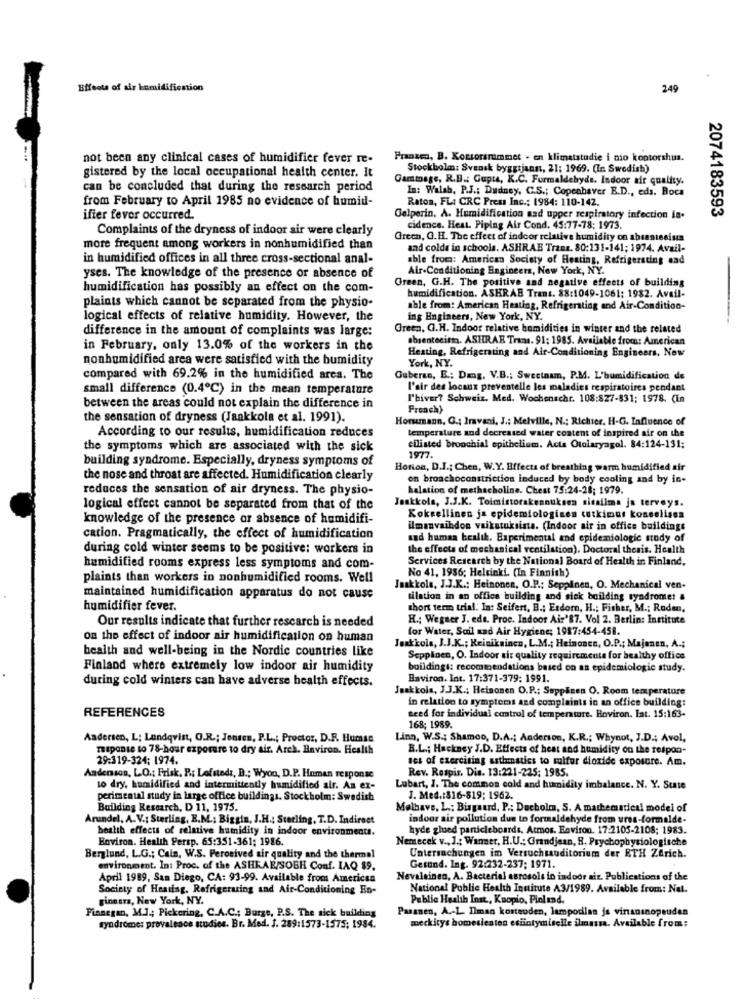
Effects of air humidifiestion
249
not been any clinical cases of humidifier fever re-
Pranzen, B. Korsorsrummet . en klimatstudie i nio kontorshus.
gistered by the local occupational health center. It
Stockholm: Svensk byggtjann, 21; 1969. (In Swedish)
Gammage, R.B .: Gupta, K.C. Formaldehyde. Indoor air quality.
can be concluded that during the research period
In: Walsh, P.J .; Dudney, C.S .; Copenhaver R.D ., eds. Boca
from February to April 1985 no evidence of humid-
Raton, FL: CRC Press Inc .: 1984: 110-142.
2074183593
ifier fever occurred.
Gelperin. A. Humidification sad upper respiratory infection is.
Complaints of the dryness of indoor air were clearly
cidence. Heat. Piping Air Cond. 45:77-78; 1973.
Green, G.H. The effect of indoor relative humidity on abrantesinn
more frequent among workers in nonhumidified than
and colde in schools. ASHRAE Tranz. 80:131-141; 1974. Avail-
in humidified offices in all three cross-sectional anal-
able from: American Society of Heating, Refrigerating and
Air-Conditioning Engineers, New York, NY.
yses. The knowledge of the presence or absence of
Green, G.H. The positive and negative effects of building
humidification has possibly an effect on the com-
humidification. ASKRAB Trans. 88:1049-1061; 1982. Avail-
plaints which cannot be separated from the physio-
able from: American Heating, Refrigerating and Air-Condition-
logical effects of relative humidity. However, the
ing Engineers, New York, NY.
difference in the amount of complaints was large:
Green, Q.H. Indoor relative hamidities in winter and the related
absentecitt. ASHRAE Trans. 91: 1985. Available from: American
in February, only 13.0% of the workers in the
Heating, Refrigerating and Air-Conditioning Engineers, Now
nonhumidified area were satisfied with the bumidity
York, NY.
compared with 69.2% in the humidified arca. The
Guberas, E .: Dag. V.B .; Sweetnam, P.M. L'humidification de
small difference (0.4℃) in the mean temperature
l'air des locaux preventelle les maladies respiratoires pendant
l'hiver? Schweiz. Med. Wochenschr. 108:827-531; 1978. (in
between the areas could not explain the difference in
French)
the sensation of dryness (Jankkola et al. 1991).
Horumann, G .; Imavani, J .: Melville, N .; Richier. H.G. Influence of
temperature and decreased water content of inspired air on the
According to our results, humidification reduces
the symptoms which are associated with the sick
1977.
cilisted bronchial epithelium. Acta Otolaryagol. 84:124-131;
building syndrome. Especially, dryness symptoms of
Horton, D.J .: Chen, W.Y. Effects of breathing warm humidified air
the nose and throat are affected. Humidification clearly
on bronchoconstriction induced by body cooling and by in-
reduces the sensation of air dryness. The physio-
halation of methacholine. Chest 75:24-28; 1979.
logical effect cannot be separated from that of the
Jaakkola, J.J.K. Toimistorakennuksen sissiima ja terveys.
knowledge of the presence or absence of humidifi-
Kokeellinen ja epidemiologinen tutkimus koncelisen
ilmanvaindon vaikutuksista. (Indoor air in office buildings
cation. Pragmatically, the effect of humidification
and human health. Experimental and epidemiologic study of
during cold winter seems to be positive: workers in
the effects of mechanical ventilation). Doctoral thesis. Health
Services Research by the National Board of Health in Finland.
humidified rooms express less symptoms and com-
No 41, 1986; Helsinki. (In Finnish)
plaints than workers in nonhumidified rooms. Well
Jaakkols, J.J.K .: Heinonen, O.P .: Seppinen, O. Mechanical ven-
maintained humidification apparatus do not cause
tilation in an office building and sick building syndrome! &
humidifier fever.
short term trial. In: Seifert, B .; Esdorn, H .; Fisher, M .; Roden,
Our results indicate that further research is needed
H .; Wegner J. eds. Proc. Indoor Air'87. Vol 2. Berlin: Institute
for Water, Soil and Air Hygiene; 1987:454-458.
on the effect of indoor air humidification on human
health and well-being in the Nordic countries like
Jaakkola, J.J.K .; Keinikainen, L.M .; Heinonen, O.P .; Majanen, A .;
Seppiinen, O. Indoor air quality requirements for healthy office
Finland where extremely low indoor air humidity
buildings: recommendations based on an epidemiologic study.
during cold winters can have adverse health effects.
Baviron. Int. 17:371-379: 1991.
Jaakkola, J.J.K .; Heinonen O.P .; Soppinen O. Room temperature
in relation to symptoms and complaints in an office building:
REFERENCES
need for individual control of temperature. Hoviron. Int. 15:163-
168; 1989.
Andersen, L; Lundqvist, O.R .; Jenten, P.L .; Proctor, D.R. Human
Linn, W.S .; Shamoo, D.A .; Anderson, K.R .; Whynot, J.D .; Avol,
miponte to 78-hour exposure to dry air. Arch. Environ. Health
B.L .; Hackney J.D. Effects of heat and humidity on the respon-
29:319-324; 1974.
ses of exercising asthmatics to sulfur dioxide exposure. Am.
Rev. Respir. Die. 13:221-225; 1985.
Andersson, LO .; Frisk, R .; Lofstoda, B .; Wyon, D.P. Human response
to dry, humidified and intermittently humidified air. An ex-
Lubart, J. The common cold and humidity imbalance. N. Y. State
perimental study in large office buildings. Stockholm: Swedish
J. Med .: 816-819; 1962.
Building Research, D 11, 1975.
Molhave, L .: Bisgaard, P .: Decholm, S. A mathematical model of
Arundel, A.V .: Sterling, B.M .: Biggin, J.H .; Sterling, T.D. Indirect
indoor air pollution due to formaldehyde from ures-formalde-
health effects of relative humidity in indoor environments.
hyde glued particleboards, Atmos. Environ. 17:2105-2108; 1983.
Environ. Health Persp. 65:351-361; 1986.
Nemecek v ., J .: Wanner, H.U .: Grandjean, S. Prychophysiologische
Berglund, L.G .; Cain, W.S. Perceived air quality and the thermal
Untersuchungen im Versuchtauditorium der RTH ZArich.
environment. In: Proc. of the ASHRAE/SOBH Conf. IAQ $9.
Getund. Ing. 92:232-237; 1971.
April 1989, San Diego, CA: 93-99. Available from American
Nevalainen, A. Bacterial aerosols in indoor air. Publications of the
Society of Hearing. Refrigeraring and Air-Conditioning En-
National Public Health Institute A3/1989. Available from: Nat.
ginners, New York, NY.
Public Health Inst, Kuopio, Pioland.
Finnegan, M.J .; Pickering, C.A.C .; Burze, P.S. The sick building
Pasanen, A .- 1. Ilman korteuden, lamporlan js vinsnsnopeuden
syndrome: prevalence scodies. Br. Med. J. 289:1573-1575; 1984.
meckitys homesleaten esiintymiselle ilmassa. Available from: